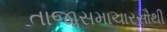
તાજાસમાચારસૌથી